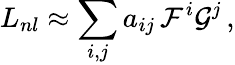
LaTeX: L_{nl}\approx\sum_{i,j}a_{ij}\, \mathcal{F}^{i}\mathcal{G}^{j}\, ,